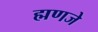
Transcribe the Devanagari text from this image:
ह्मणजे